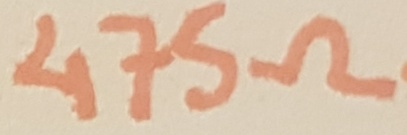
Text: 475Ω